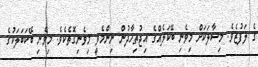
ގެ ލަފުޒެވެ. މިސާލަކަށް މިވެނި ބޭކަލެއްގެ އިޖުތިހާދުން ނިންމެވީ މިވެނިގޮތެކެވެ. މިވެނި ބޭކަބަލަކުގެ